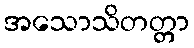
အသောသိတတ္တာ